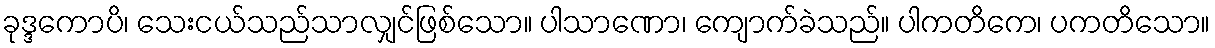
ခုဒ္ဒကောပိ၊ သေးငယ်သည်သာလျှင်ဖြစ်သော။ ပါသာဏော၊ ကျောက်ခဲသည်။ ပါကတိကေ၊ ပကတိသော။